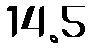
14.5